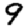
Digit: 9